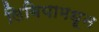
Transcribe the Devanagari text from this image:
लिबियामधून